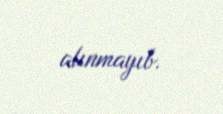
alınmayıb.